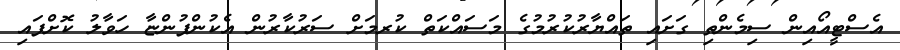
އެސްޓީއޯއިން ސިމެންތި ގަށައި ތައްޔާރުކުރުމުގެ މަސައްކަތް ކުރމަށް ސަރުކާރުން އެކުންފުންޏާ ހަވާލު ކޮށްފައި